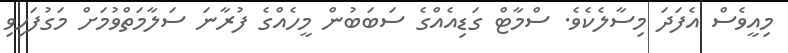
މިއީވެސް އެފަދަ މިސާލެކެވެ. ސްމާޓް ގަޑިއެއްގެ ސަބަބުން މީހެއްގެ ފުރާނަ ސަލާމަތްވުމަށް މަގުފަހިވި